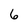
Character: 6